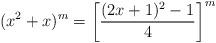
LaTeX: \begin{align*} (x^2+x)^{m} = \left[ \frac{(2x+1)^2-1}4 \right]^m\end{align*}